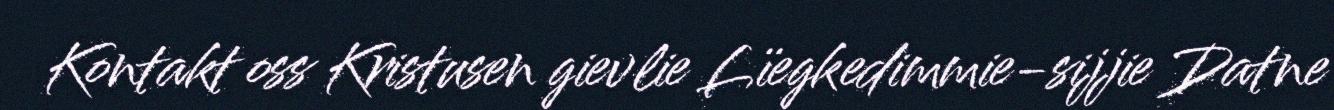
Kontakt oss Kristusen gievlie Lïegkedimmie-sijjie Datne